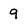
Character: 9